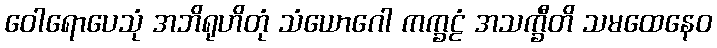
ဝေါရောပေသုံ အဘိရုဟိတုံ သံယောဂေါ ကက္ခဠံ အသက္ခီတိ သမထေနေဝ